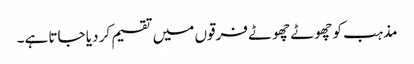
مذہب کو چھوٹے چھوٹے فرقوں میں تقسیم کر دیا جاتا ہے۔